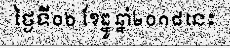
ថ្ងៃទី០៦ ខែធ្នូ ឆ្នាំ២០១៨នេះ